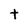
Character: t